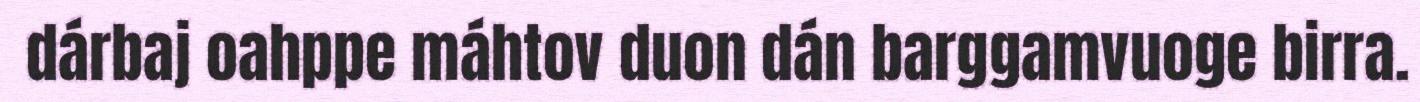
dárbaj oahppe máhtov duon dán barggamvuoge birra.